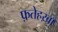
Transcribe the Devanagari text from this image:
फ़तेहख़ाँ